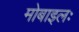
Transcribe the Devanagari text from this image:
मोबाइलः